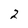
Character: 2